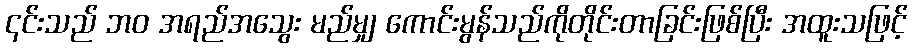
၎င်းသည် ဘဝ အရည်အသွေး မည်မျှ ကောင်းမွန်သည်ကိုတိုင်းတာခြင်းဖြစ်ပြီး အထူးသဖြင့်